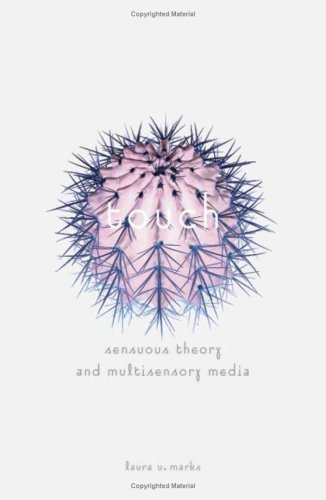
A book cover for Touch: Sensuous Theory And Multisensory Media; Laura U. Marks; Humor & Entertainment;